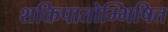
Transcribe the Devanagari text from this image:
शक्तिपातोम्भिषित